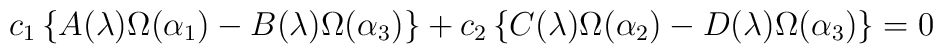
c_1\left\{ A(\lambda )\Omega (\alpha_1)-B(\lambda )\Omega (\alpha_3)\right\}+c_2\left\{C(\lambda )\Omega (\alpha_2)-D(\lambda )\Omega (\alpha_3)\right\}=0